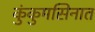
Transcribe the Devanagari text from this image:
कुंकुमसिनात